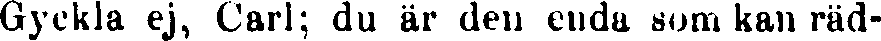
Gyckla ej, Carl; du är den enda som kan räd-